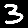
Digit: 3